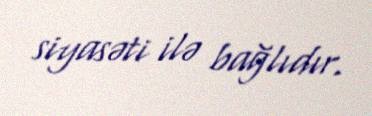
siyasəti ilə bağlıdır.